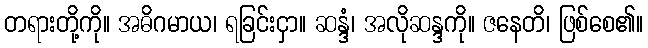
တရားတို့ကို။ အဓိဂမာယ၊ ရခြင်းငှာ။ ဆန္ဒံ၊ အလိုဆန္ဒကို။ ဇနေတိ၊ ဖြစ်စေ၏။